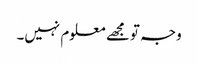
وجہ تو مجھے معلوم نہیں۔